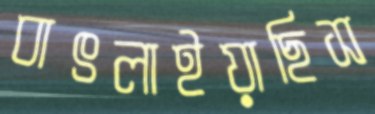
বাৎলাইয়াছিস